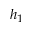
h _ { 1 }